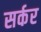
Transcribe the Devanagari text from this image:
सर्कर